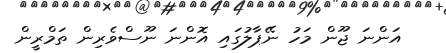
އަންނަ ޖޫން މަހު ނޭޕާލުގައި އޮންނަ ނޫސްވެރިން ތަމްރީން